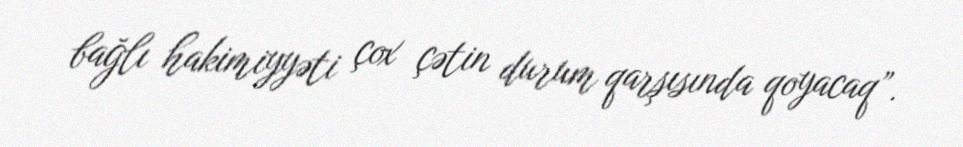
bağlı hakimiyyəti çox çətin durum qarşısında qoyacaq”.